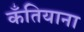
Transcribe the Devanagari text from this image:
कँतियाना